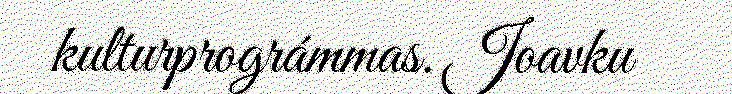
kulturprográmmas. Joavku